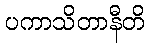
ပကာသိတာနီတိ